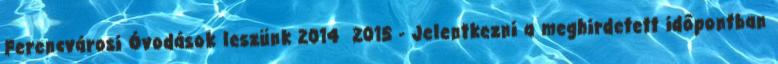
Ferencvárosi Óvodások leszünk 2014 2015 - Jelentkezni a meghirdetett időpontban